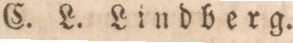
C. L. Lindberg.